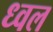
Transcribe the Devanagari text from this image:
ध्वल